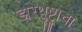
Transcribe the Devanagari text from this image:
झरथुष्ट्राचा